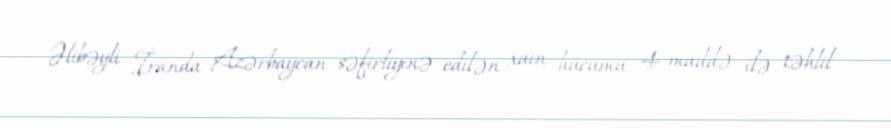
Əlibəyli İranda Azərbaycan səfirliyinə edilən xain hücumu 4 maddə ilə təhlil